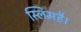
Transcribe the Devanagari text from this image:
स्लिमहै।